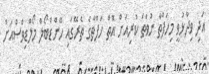
އަދި ވިދާޅުވީ މިހަފްތާ ނުވަތަ ކުރިއަށް އޮތް ހަފްތާގެ ތެރޭގައި ހޭންޑްބޯލް މޯލްޑިވްސްއަށް